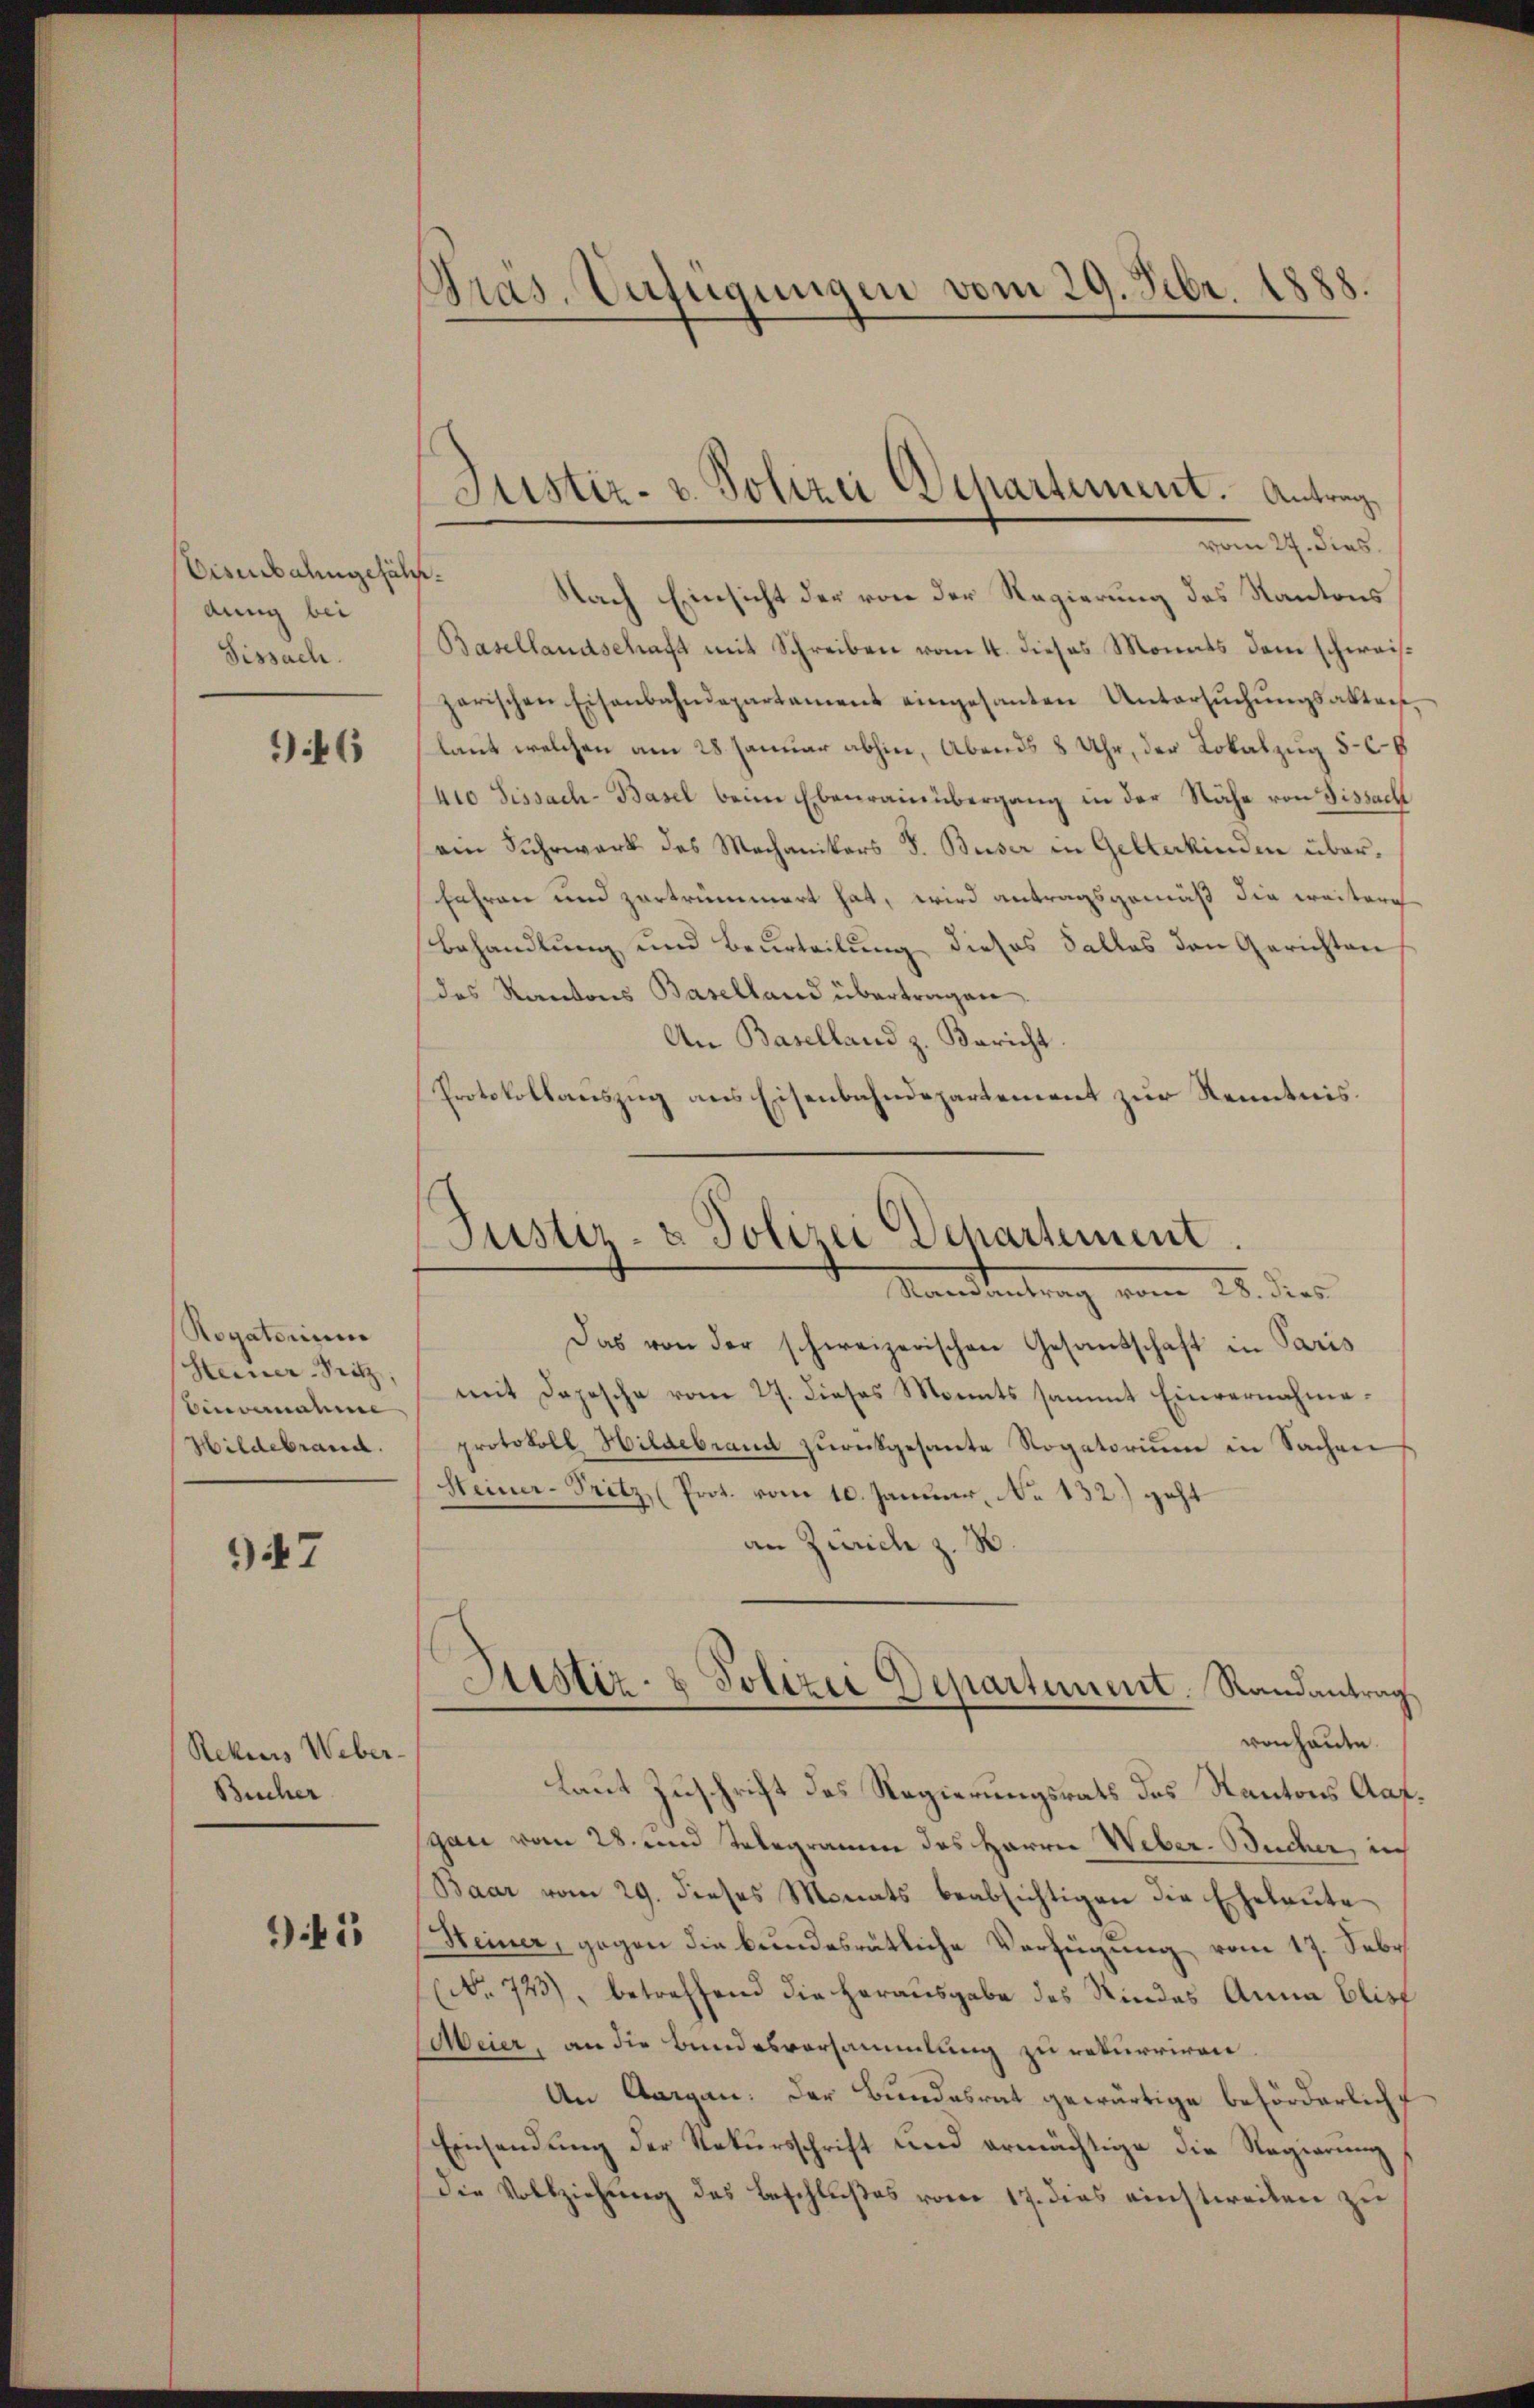
Eisenbahngefähr.
dung bei
Fissach.

947

946

Rogatorium
Steiner-Sitz,
Einvernahme
Hildebrand

Rekurs Weber-
Bucher

Dik

Gras. Verfügungen vom 29. Febr. 1888.

vom 27. dies
Nach Einsicht der von der Regierung des Kantons
Basellandschaft mit Schreiben vom 4. dieses Monats dem schweisparischen Eisenbahndepartement eingesanten Untersŭchŭngsakters,
laut welchen am 28. Januar abhin, Abends 8 Uhr, der Lokalzug 5-6
410 Fissach-Basel beim Ebenrainübergang in der Nähe von Fissach
am Fuhrwerk des Mechanikers J. Buser in Gelterkinden überfahren und zertrümmert hat, wird antragsgemäß die weitern
Behandlung und Beurteilung dieses Falles den Gerichten
das Kantons Baselland übertragen.
An Baselland z. Bericht.
Protokollauszug aus Eisenbahndepartement zur Kenntnis.

Justiz- & Polizei Departement. Antrag

Justiz- & Polizei Departement.
Standentrag vom 25. dies

Das von der schweizerischen Gesamtschaft in Paris
mit Depesche vom 27. Dieses Monats sammt Einvernahmeprotokoll Hildebrand zŭrückgesante Rogatoriŭm in Sachen
Heiner-Fritz (Prot. vom 10. Januar, No 132) geht
an Zürich z. B.
von heute.
Laut Zuschrift des Regierungsrats des Kantons Aafgan vom 28. und Telegramm des Herrn Weber. Bucher, in
Baar vom 29. dieses Monats beabsichtigen die Eheleite
Steiner, gegen die bundesrätliche Verfügung vom 17. Febr.
(No 723), betreffend die Herausgabe des Kindes Anna Elist
Meier, an die Bundesversammlung zu rekurriren.
An Aargau: Der Bundesrat gewärtige beförderlich
Einsendung der Rekursschrift und ermächtige die Regierung
die Vollziehung des Beschlußes vom 17. dies einstweilen zu

Justiz- & Polizei Departement. Randantrag